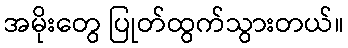
အမိုးတွေ ပြုတ်ထွက်သွားတယ်။